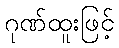
ဂုဏ်ထူးဖြင့်